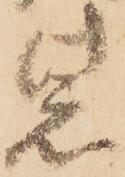
紫